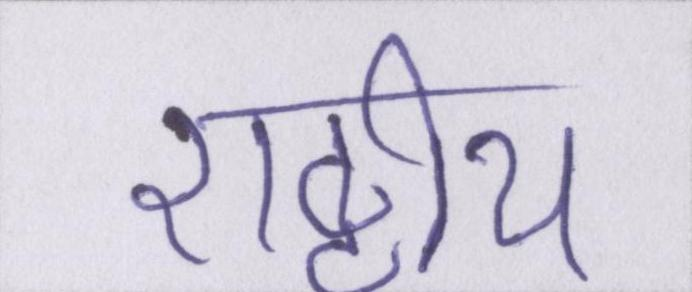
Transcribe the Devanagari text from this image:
राष्ट्रीय